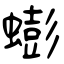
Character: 蟛